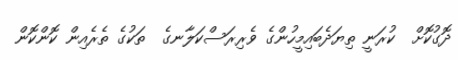
ދޮގުކޮށް  ކުރަނީ ތިޔަދެބައިމީހުންގެ ވެރިރަސްކަލާނގެ  ތަކުގެ ތެރެއިން ކޮންކޮން